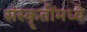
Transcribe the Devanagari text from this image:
संस्कॄतींमध्ये